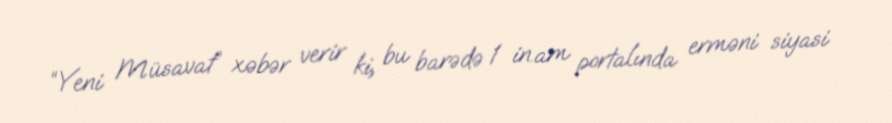
“Yeni Müsavat” xəbər verir ki, bu barədə 1 in.am portalında erməni siyasi